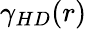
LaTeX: \gamma_{HD}(r)